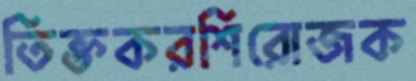
তিক্তকরশিরোজক